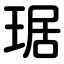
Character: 琚